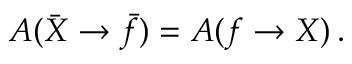
A ( \bar { X } \rightarrow \bar { f } ) = A ( f \rightarrow X ) \, .